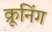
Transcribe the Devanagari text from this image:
क्रूनिंग